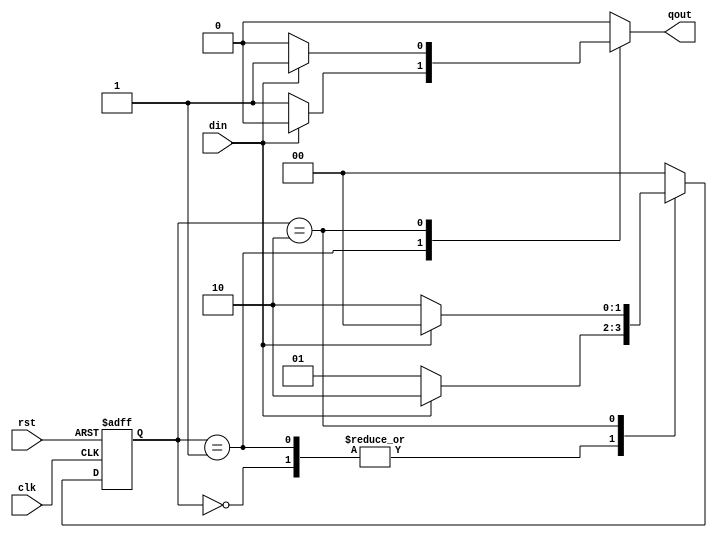
//*************************************************
//** 2021 spring iVCAD
//** Description: Moore machine
//** Mar. 2014 Tim revised
//** Mar. 2015 Jimmy revised
//** Mar. 2016 Yip revised
//** Mar. 2017 TimC revised
//** Mar. 2018 Henry revised
//** Mar. 2019 Kevin revised
//** Mar. 2020 Claire revised
//** Mar. 2021 Michael revised
//*************************************************

module mealy (clk, rst, din, qout);

  input clk, rst, din;
  output qout;
  
  reg qout;
  reg [1:0] cs, ns;

  parameter s0 = 2'b00,
            s1 = 2'b01,
            s2 = 2'b10;

  always @(posedge clk or posedge rst) begin
    if (rst)
	
      cs <= s0;
	  
    else
	
      cs <= ns;
	  
  end

  always @(cs or din) begin//ns case
  
    case (cs)
    s0: ns = (din == 1'b0)?s1:s2;
    s1: ns = (din == 1'b0)?s1:s2;  
    s2: ns = (din == 1'b0)?s2:s0;
    default: ns = s0;
    endcase
  end

  always @(cs or din) begin//qout case
  
    case (cs)
    s0: qout =(din == 1'b0)?1'b0:1'b0;
    s1: qout =(din == 1'b0)?1'b1:1'b0;
    s2: qout =(din == 1'b0)?1'b0:1'b1;
    default: qout = 1'b0;
    endcase
  end

endmodule